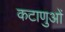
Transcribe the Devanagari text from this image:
कटाणुओं